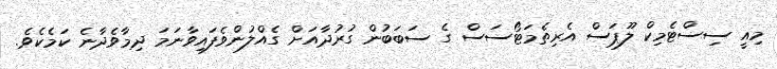
މިއީ ސިސްޓެމިކް ލޫޕަސް އެރިތެމަޓޯސަސް ގެ ސަބަބުން ގުރުދާއަށް ގެއްލުންވެފައިވާނަމަ ދިމާވެދާނެ ކަމެކެވެ.